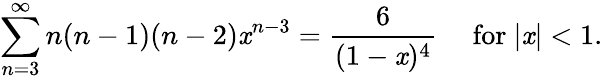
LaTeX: \sum_{n=3}^{\infty}n(n-1)(n-2)\mathit{x}^{n-3}={\frac{{6}}{{(1-\mathit{x})^{4}}}}\quad{\mathrm{{~for~}}}|\mathit{x}|<1.